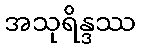
အသုရိန္ဒဿ